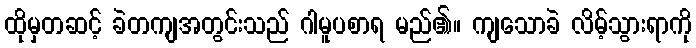
ထိုမှတဆင့် ခဲတကျအတွင်းသည် ဂါမူပစာရ မည်၏။ ကျသောခဲ လိမ့်သွားရာကို